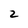
Character: 2